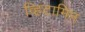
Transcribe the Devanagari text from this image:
व्हिटामिन